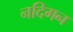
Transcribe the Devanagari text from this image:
नदिगन